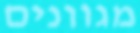
מגוונים